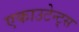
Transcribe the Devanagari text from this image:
एकाउटेन्ट्स